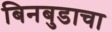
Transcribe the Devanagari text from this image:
बिनबुडाचा